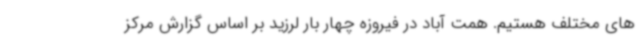
های مختلف هستیم. همت آباد در فیروزه چهار بار لرزید بر اساس گزارش مرکز